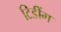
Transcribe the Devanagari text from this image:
टिडींग